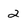
Character: 2